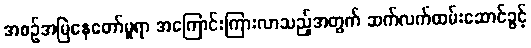
အစဉ်အမြဲနေတော်မူရာ အကြောင်းကြားလာသည့်အတွက် ဆက်လက်ထမ်းဆောင်ခွင့်